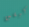
كيفين